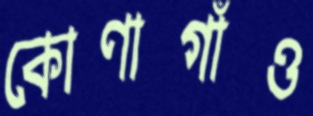
কোণাগাঁও